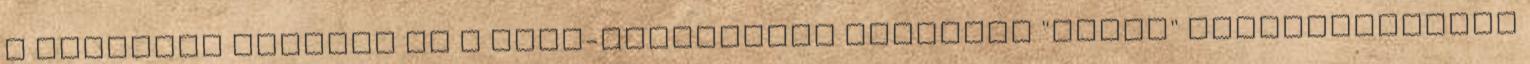
A szóképes olvasás és a Down-szindrómás gyerekek "Korai" olvasástanulás